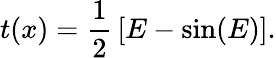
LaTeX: t(x)={\frac{1}{2}}\left[E-\sin(E)\right].